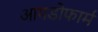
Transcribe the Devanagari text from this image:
आयडोफार्म